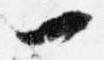
一